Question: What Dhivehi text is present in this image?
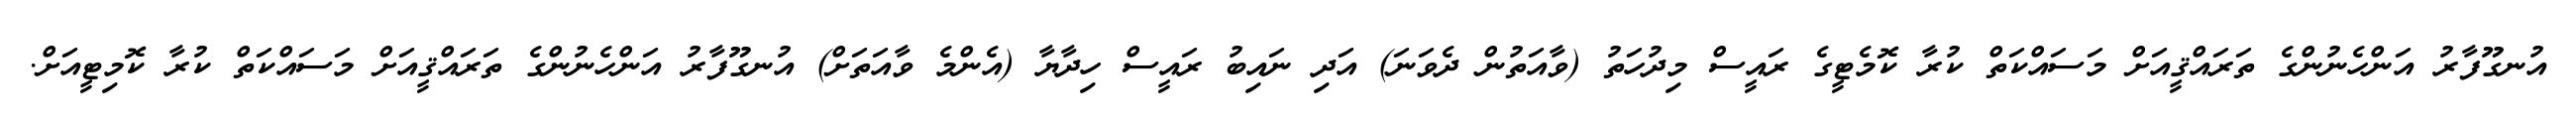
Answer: އުނގޫފާރު އަންހެނުންގެ ތަރައްޤީއަށް މަސައްކަތް ކުރާ ކޮމެޓީގެ ރައީސް މިދުހަތު (ވާއަތުން ދެވަނަ) އަދި ނައިބު ރައީސް ހިދާޔާ (އެންމެ ވާއަތަށް) އުނގޫފާރު އަންހެނުންގެ ތަރައްޤީއަށް މަސައްކަތް ކުރާ ކޮމިޓީއަށް.